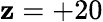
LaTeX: \mathbf{z}=+20